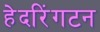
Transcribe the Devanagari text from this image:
हेदरिंगटन